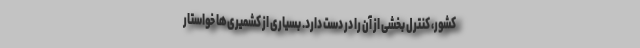
کشور، کنترل بخشی از آن را در دست دارد. بسیاری از کشمیری‌ها خواستار